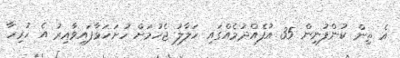
އެ ތިން ކުންފުނިން 35 އުފެއްދުމެއްގައި ހަލާލު ޖެހުމަށް ހުށަހަޅާފައިވާއިރު އެ ހުރިހާ